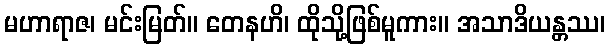
မဟာရာဇ၊ မင်းမြတ်။ တေနဟိ၊ ထိုသို့ဖြစ်မူကား။ အသာဒိယန္တဿ၊